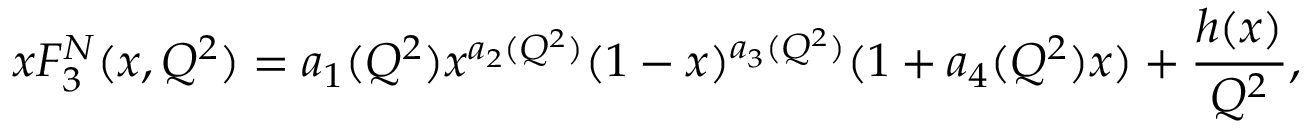
x F _ { 3 } ^ { N } ( x , Q ^ { 2 } ) = a _ { 1 } ( Q ^ { 2 } ) x ^ { a _ { 2 } ( Q ^ { 2 } ) } ( 1 - x ) ^ { a _ { 3 } ( Q ^ { 2 } ) } ( 1 + a _ { 4 } ( Q ^ { 2 } ) x ) + { \frac { h ( x ) } { Q ^ { 2 } } } ,